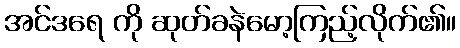
အင်ဒရေ ကို ဆုတ်ခနဲမော့ကြည့်လိုက်၏။